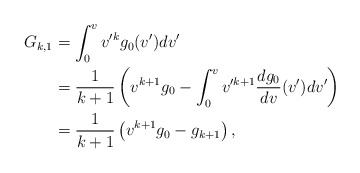
\begin{align*} G_{k,1}&=\int_0^vv'^kg_0(v')dv'\\&=\frac{1}{k+1}\left(v^{k+1}g_0-\int_0^vv'^{k+1}\frac{dg_0}{dv}(v')dv'\right)\\&=\frac{1}{k+1}\left(v^{k+1}g_0-g_{k+1}\right),\end{align*}